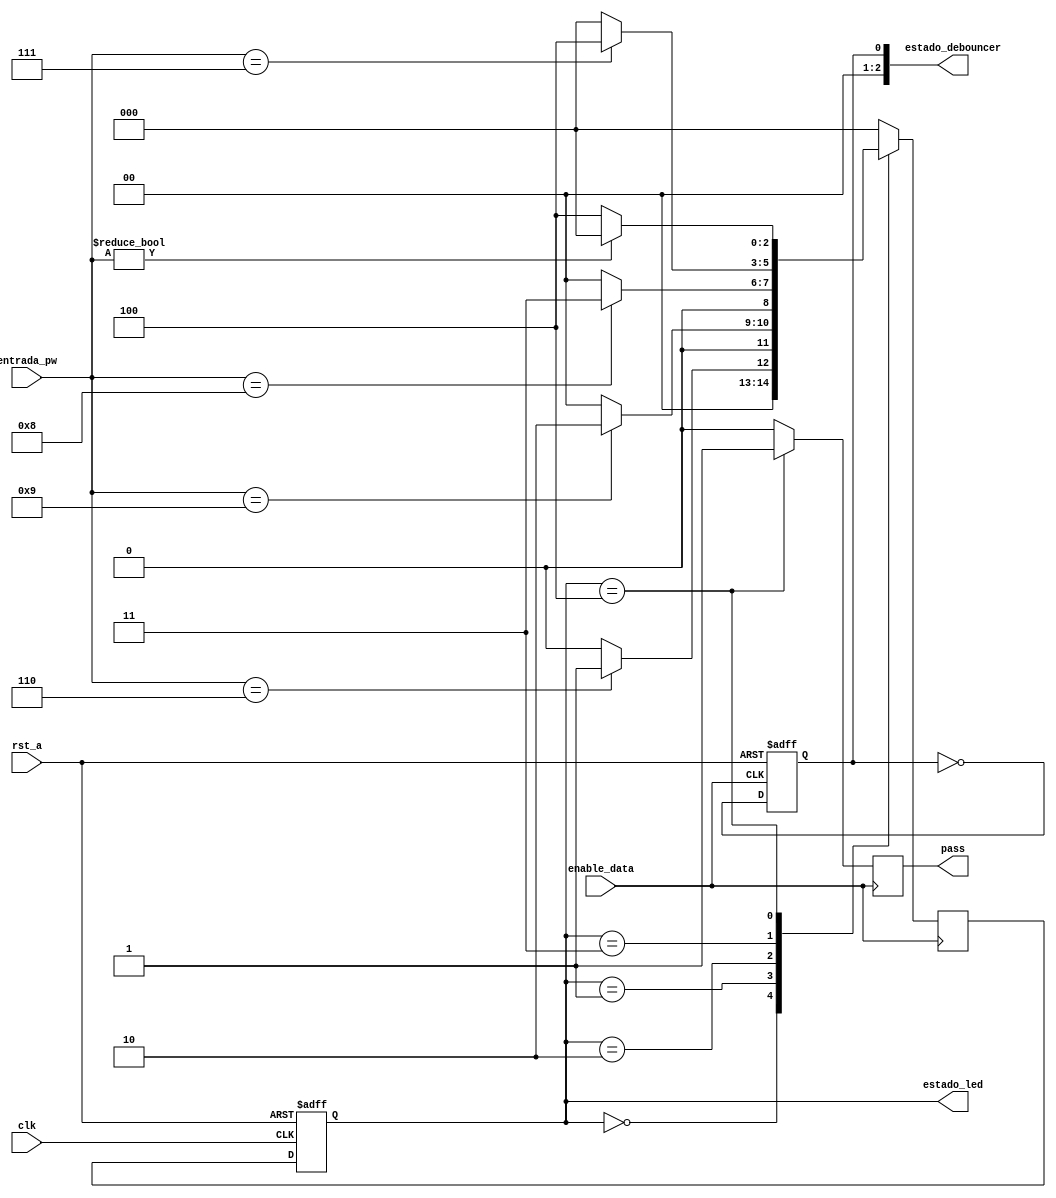
/*


	Maquina de estados Finita, para simular un sistema de contrasea
	Entradas:
			clk, rst_a, 4 bits para la contrasea
	Salidas:
			1, Pass
	Contrasea = 6987;
*/


module FSM_PW #(parameter Bits = 4)(

	input 						clk,
									rst_a,
									enable_data,
	input [Bits - 1 : 0] 	entrada_pw,
	
	output reg 					pass,
	output [2:0]				estado_led,
									estado_debouncer

);

// Parametros de estado

parameter	STATE_0 = 0,
				STATE_1 = 1,
				STATE_2 = 2,
				STATE_3 = 3,
				STATE_4 = 4;

// Definicion de registros para estados
reg [2:0]	current_state, next_state;

//Always para asignacion del siguiente estado
always @(posedge clk or negedge rst_a)
begin
	if(!rst_a)
	begin
		current_state <= STATE_0;
	end
	else
	begin
		current_state <= next_state;
	end
end

reg enable_posedge;

// PROCESO PARA DETECTAR LOS FLANCOS DE SUBIDA DEL enable_data, y cada cambio hacer que la salida enable_posedge se cambie (toggle)
always @(posedge enable_data or negedge rst_a)
begin
	if(!rst_a)
		enable_posedge <= 0;
	else
		enable_posedge <= !enable_posedge;
end

		
//Ver el estado actual, para hacer modificacion al estado siguiente
always @(posedge enable_data)
begin

pass = 0;
	case(current_state)
		STATE_0:
		begin
		if(entrada_pw == 6)
			next_state <= STATE_1;
		else
			next_state <= STATE_0;
		end
		
		STATE_1:
		begin
		if(entrada_pw == 9)
			next_state <= STATE_2;
		else
			next_state <= STATE_0;
		end
		
		STATE_2:
		begin
		if(entrada_pw == 8)
			next_state <= STATE_3;
		else
			next_state <= STATE_0;
		end
		
		STATE_3:
		begin
		if(entrada_pw == 7)
			next_state <= STATE_4;
		else
			next_state <= STATE_0;
		end
		
		STATE_4:
		begin
		
		pass = 1;
		
		if(entrada_pw != 0)
			next_state <= STATE_0;
		else
			next_state <= STATE_4;
		end
		
		
		default:
			begin
			next_state <= STATE_0;
			end
	endcase
end

assign estado_led = current_state;
assign estado_debouncer = enable_posedge;
		
endmodule